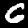
Digit: 6